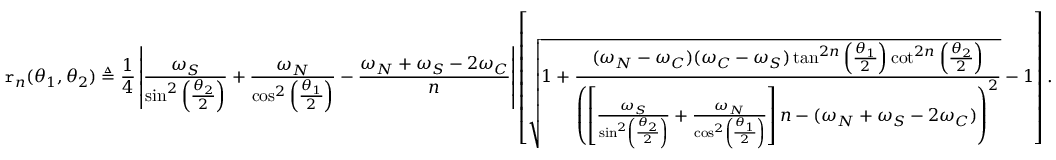
\mathtt { r } _ { n } ( \theta _ { 1 } , \theta _ { 2 } ) \triangleq \frac { 1 } { 4 } \left| \frac { \omega _ { S } } { \sin ^ { 2 } \left( \frac { \theta _ { 2 } } { 2 } \right) } + \frac { \omega _ { N } } { \cos ^ { 2 } \left( \frac { \theta _ { 1 } } { 2 } \right) } - \frac { \omega _ { N } + \omega _ { S } - 2 \omega _ { C } } { n } \right| \left[ \sqrt { 1 + \frac { ( \omega _ { N } - \omega _ { C } ) ( \omega _ { C } - \omega _ { S } ) \tan ^ { 2 n } \left( \frac { \theta _ { 1 } } { 2 } \right) \cot ^ { 2 n } \left( \frac { \theta _ { 2 } } { 2 } \right) } { \left( \left[ \frac { \omega _ { S } } { \sin ^ { 2 } \left( \frac { \theta _ { 2 } } { 2 } \right) } + \frac { \omega _ { N } } { \cos ^ { 2 } \left( \frac { \theta _ { 1 } } { 2 } \right) } \right] n - ( \omega _ { N } + \omega _ { S } - 2 \omega _ { C } ) \right) ^ { 2 } } } - 1 \right] .